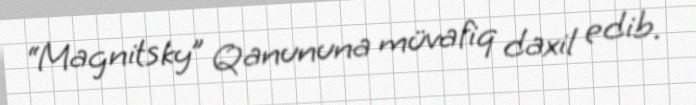
“Magnitsky” Qanununa müvafiq daxil edib.